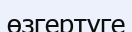
өзгертуге